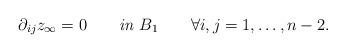
LaTeX: \begin{align*}\partial_{ij} z_\infty= 0 \qquad\textit{in } B_1\qquad\forall i,j=1,\dots,n-2.\end{align*}